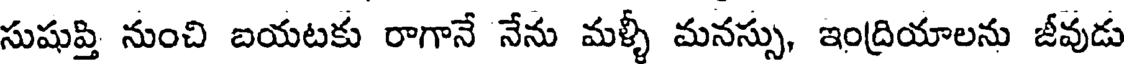
సుషుప్తి నుంచి బయటకు రాగానే నేను మళ్ళీ మనస్సు, ఇంద్రియాలను జీవుడు